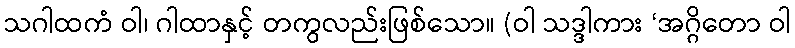
သဂါထကံ ဝါ၊ ဂါထာနှင့် တကွလည်းဖြစ်သော။ (ဝါ သဒ္ဒါကား ‘အဂ္ဂိတော ဝါ